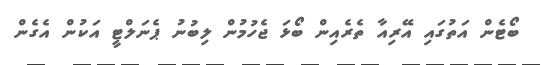
ބޯޓެން އަތުގައި އޭރިއާ ތެރެއިން ބޯޅަ ޖެހުމުން ލިބުނު ޕެނަލްޓީ އަކުން އެގެން